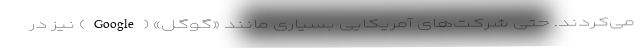
می‌کردند. حتی شرکت‌های آمریکایی بسیاری مانند «گوگل» (Google) نیز در